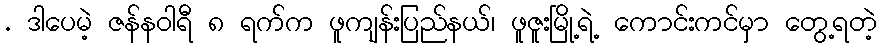
. ဒါပေမဲ့ ဇန်နဝါရီ ၈ ရက်က ဖူကျန်းပြည်နယ်၊ ဖူဇူးမြို့ရဲ့ ကောင်းကင်မှာ တွေ့ရတဲ့